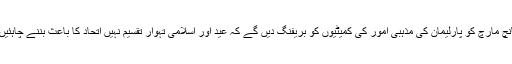
پانچ مارچ کو پارلیمان کی مذہبی امور کی کمیٹیوں کو بریفنگ دیں گے کہ عید اور اسلامی تہوار تقسیم نہیں اتحاد کا باعث بننے چاہئیں ۔